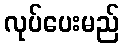
လုပ်ပေးမည်